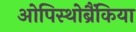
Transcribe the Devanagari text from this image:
ओपिस्थोब्रैंकिया